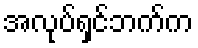
အလုပ်ရှင်ဘက်က